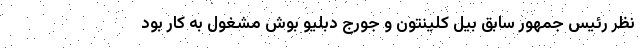
نظر رئیس جمهور سابق بیل کلینتون و جورج دبلیو بوش مشغول به کار بود